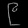
Digit: ၉